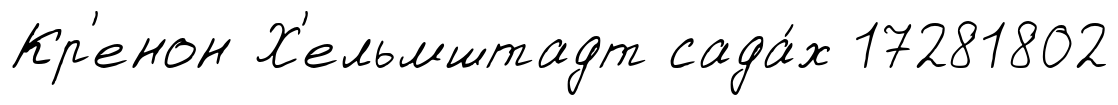
Кр'енон Х'ельмштадт сада́х 17281802